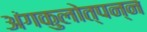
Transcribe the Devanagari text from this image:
अंगकुलोत्पन्न